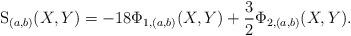
LaTeX: \begin{align*}{\mathrm S}_{(a,b)}(X,Y) = -18\Phi_{1,(a,b)}(X,Y) + \frac 32 \Phi_{2,(a,b)}(X,Y). \end{align*}